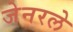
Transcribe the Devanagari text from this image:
जेनरले